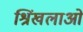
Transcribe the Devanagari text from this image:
श्रिंखलाओं